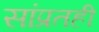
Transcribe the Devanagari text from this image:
सांप्रतही